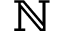
\ensuremath { \mathbb { N } }